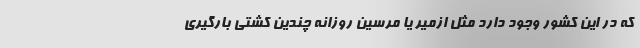
که در این کشور وجود دارد مثل ازمیر یا مرسین روزانه چندین کشتی بارگیری